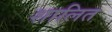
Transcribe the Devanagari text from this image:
शालित